331_120752_Numeric_Files_1944–1945_37153_German_Armament_Equipment_Documents
Agency: Department of War
Incident date: 3/18/45
Incident location: Germany
Page 6
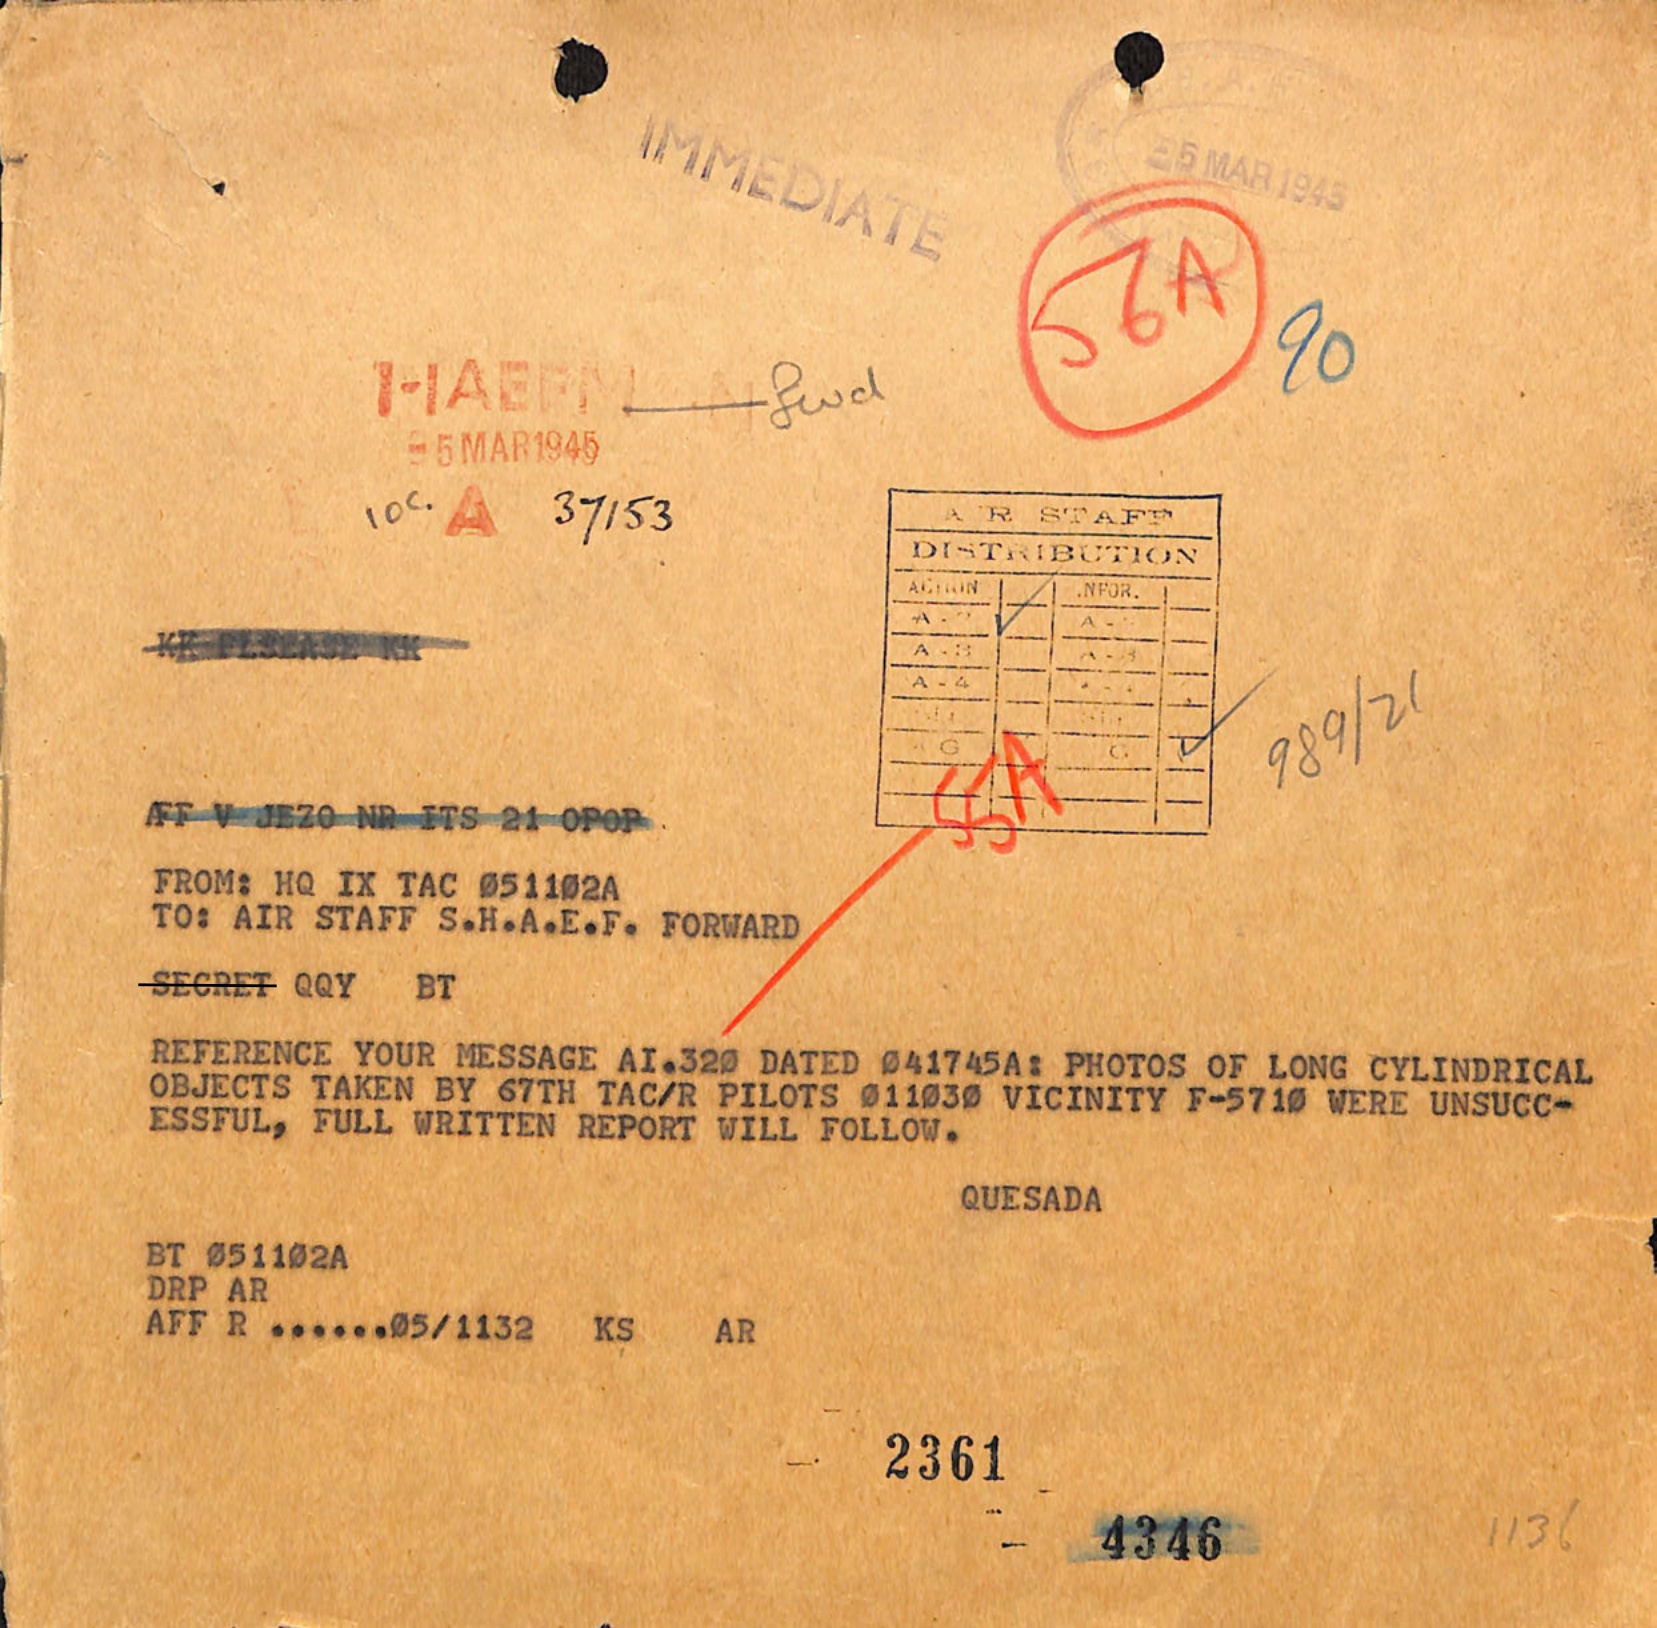